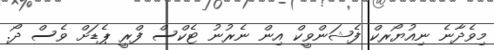
މިވެދާނެ ނިއުޔޯރކް ފެޝަންވީކް އިން ނެރުނު ޓެކްސް ފްރީ ޕެޑަށް ވެސް ދޯ.